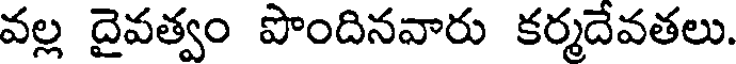
వల్ల దైవత్వం పొందినవారు కర్మదేవతలు.